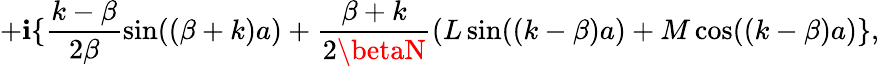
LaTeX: +\mathbf{i}\{ \frac{{k-\beta}}{{2\beta}}\sin((\beta+k)a)+\frac{{\beta+k}}{{2\betaN}}(L\sin((k-\beta)a)+M\cos((k-\beta)a)\} ,